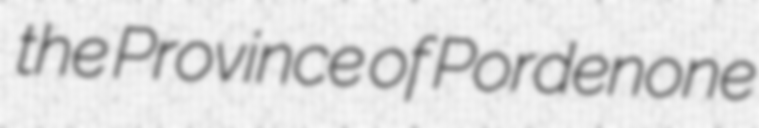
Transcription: the Province of Pordenone